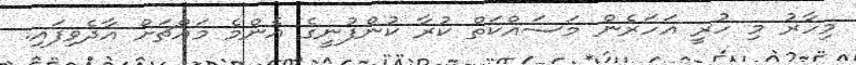
މިހާރު މި ހުރީ އަހަރެން މަސައްކަތް ކުރާ ކުންފުނީގެ އެންމެ މައްޗަށް އާދެވިފައި.